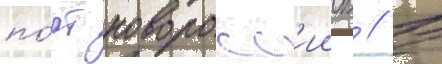
по́рт новоросс'ииск // В